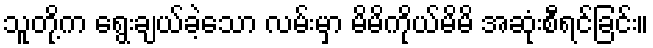
သူတို့က ရွေးချယ်ခဲ့သော လမ်းမှာ မိမိကိုယ်မိမိ အဆုံးစီရင်ခြင်း။